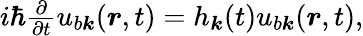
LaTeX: \begin{array}{r}{i\hbar\frac{\partial}{\partial t}u_{b\boldsymbol k}(\boldsymbol r,t)=h_{\boldsymbol k}(t)u_{b\boldsymbol k}(\boldsymbol r,t),}\end{array}